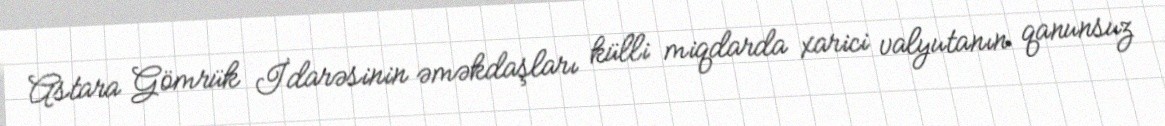
Astara Gömrük İdarəsinin əməkdaşları külli miqdarda xarici valyutanın qanunsuz